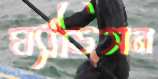
ম্যাডিসন